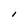
Character: l